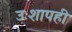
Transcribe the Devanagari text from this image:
उःशापही